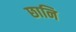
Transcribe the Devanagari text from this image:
छानि